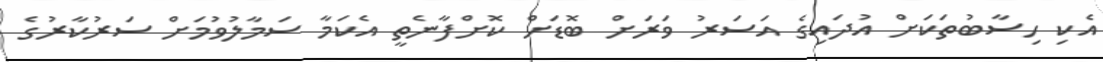
އެކި ހިސާބުތަކަށް އުދައިގެ އަސަރު ވަރަށް ބޮޑަށް ކޮށްފާނެތީ އެކަމާ ސަމާލުވުމަށް ސަރުކާރުގެ